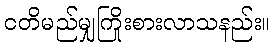
ငတိမည်မျှကြိုးစားလာသနည်း။